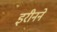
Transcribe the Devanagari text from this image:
इरीनने